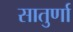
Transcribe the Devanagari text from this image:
सातुर्णा